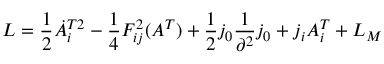
{ \cal L } = \frac { 1 } { 2 } \dot { A } _ { i } ^ { T 2 } - \frac { 1 } { 4 } F _ { i j } ^ { 2 } ( A ^ { T } ) + \frac { 1 } { 2 } j _ { 0 } \frac { 1 } { \partial ^ { 2 } } j _ { 0 } + j _ { i } A _ { i } ^ { T } + { \cal L } _ { M }